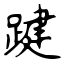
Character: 踺